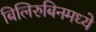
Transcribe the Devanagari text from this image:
बिलिरुबिनमध्ये